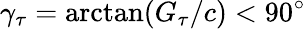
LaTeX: \gamma_{\tau}=\mathrm{arctan}(G_{\tau}/c)<90^{\circ}